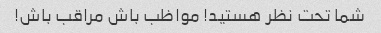
شما تحت نظر هستید! مواظب باش مراقب باش!